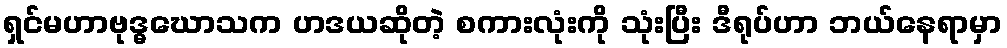
ရှင်မဟာဗုဒ္ဓဃောသက ဟဒယဆိုတဲ့ စကားလုံးကို သုံးပြီး ဒီရုပ်ဟာ ဘယ်နေရာမှာ